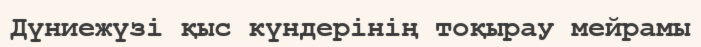
Дүниежүзі қыс күндерінің тоқырау мейрамы